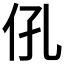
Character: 𱎧